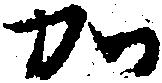
加